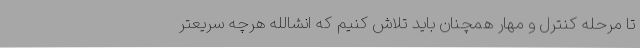
تا مرحله کنترل و مهار همچنان باید تلاش کنیم که انشالله هرچه سریعتر